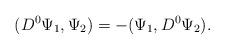
LaTeX: \begin{align*}(D^{0} \Psi_{1}, \Psi_{2}) = -(\Psi_{1}, D^{0} \Psi_{2}).\end{align*}